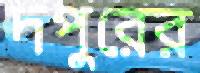
দপুরের